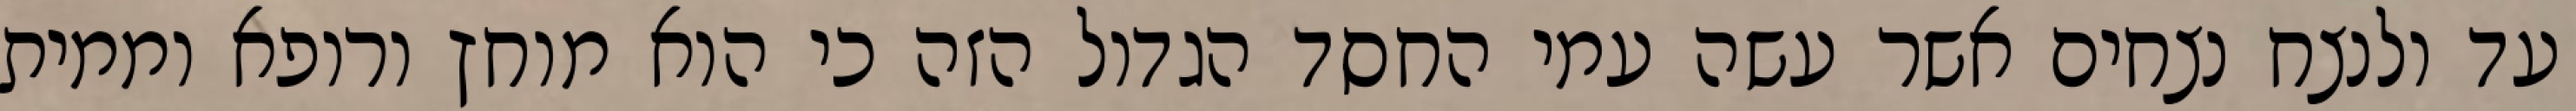
עד ולנצח נצחים אשר עשה עמי החסד הגדול הזה כי הוא מוחץ ורופא וממית